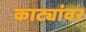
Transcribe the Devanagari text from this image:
काट्यांवर